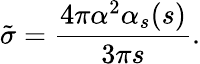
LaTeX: \tilde{\sigma}={\frac{4\pi\alpha^{2}\alpha_{s}(s)}{3\pi s}}.